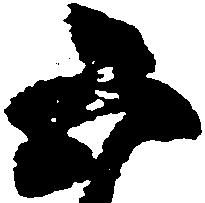
五